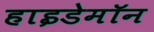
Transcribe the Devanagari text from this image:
हाइडेमॉन